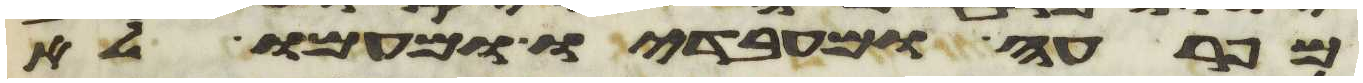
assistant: מפרעה ומעבדיו ומעמו לא